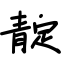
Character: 靛